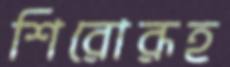
শিরোরূহ